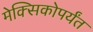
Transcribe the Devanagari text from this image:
मेक्सिकोपर्यंत